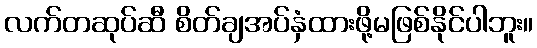
လက်တဆုပ်ဆီ စိတ်ချအပ်နှံထားဖို့မဖြစ်နိုင်ပါဘူး။